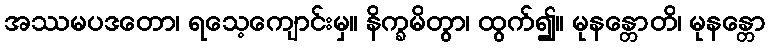
အဿမပဒတော၊ ရသေ့ကျောင်းမှ။ နိက္ခမိတွာ၊ ထွက်၍။ မုနန္တောတိ၊ မုနန္တော